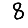
Digit: 8